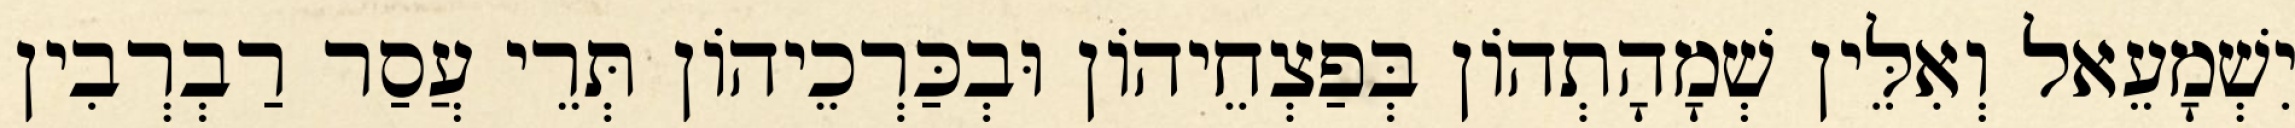
יִשְׁמָעֵאל וְאִלֵּין שְׁמָהָתְהוֹן בְּפַצְחֵיהוֹן וּבְכַּרְכֵיהוֹן תְּרֵי עֲסַר רַבְרְבִין